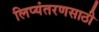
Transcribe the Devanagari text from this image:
लिप्यंतरणसाठी